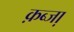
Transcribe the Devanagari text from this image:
क़ब्जा़